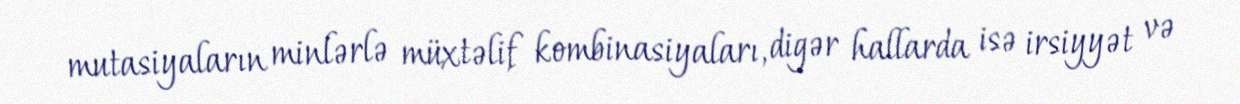
mutasiyaların minlərlə müxtəlif kombinasiyaları, digər hallarda isə irsiyyət və